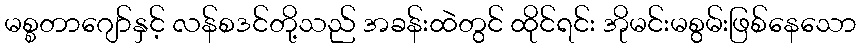
မစ္စတာဂျော်နှင့် လန်စဒင်တို့သည် အခန်းထဲတွင် ထိုင်ရင်း အိုမင်းမစွမ်းဖြစ်နေသော